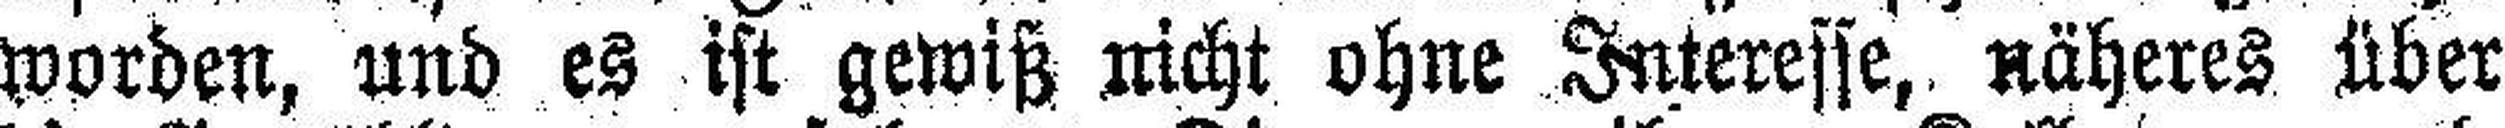
worden, und es ist gewiß nicht ohne Interesse, näheres über